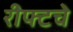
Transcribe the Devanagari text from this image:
रीफ्टचे